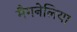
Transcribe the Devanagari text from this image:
मैगनेलिया